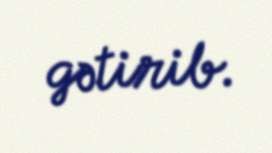
gətirib.